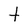
Character: t